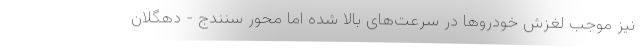
نیز موجب لغزش خودروها در سرعت‌های بالا شده اما محور سنندج - دهگلان